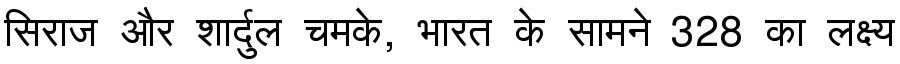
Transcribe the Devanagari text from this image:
सिराज और शार्दुल चमके, भारत के सामने 328 का लक्ष्य